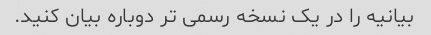
بیانیه را در یک نسخه رسمی تر دوباره بیان کنید.